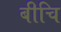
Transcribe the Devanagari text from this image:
बीचि